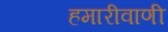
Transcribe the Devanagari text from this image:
हमारीवाणी